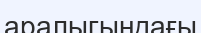
аралыгындағы